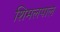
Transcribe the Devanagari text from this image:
शिमलपाल